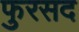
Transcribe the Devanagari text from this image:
फुरसद